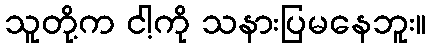
သူတို့က ငါ့ကို သနားပြမနေဘူး။